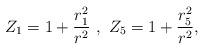
LaTeX: \begin{align*}Z_1=1+\frac{r_1^2}{r^2} \ , \ Z_5=1+\frac{r_5^2}{r^2} ,\end{align*}